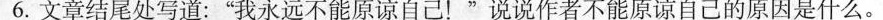
6.文章结尾处写道：“我永远不能原谅自己！”说说作者不能原谅自己的原因是什么。